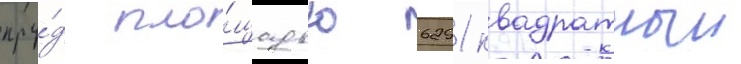
пру́д пло́щадью 6291 квадратныи